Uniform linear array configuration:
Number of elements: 32
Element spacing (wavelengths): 0.5
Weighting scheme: uniform
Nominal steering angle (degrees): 60
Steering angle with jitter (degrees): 60.147
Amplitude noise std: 0.05
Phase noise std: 0.05

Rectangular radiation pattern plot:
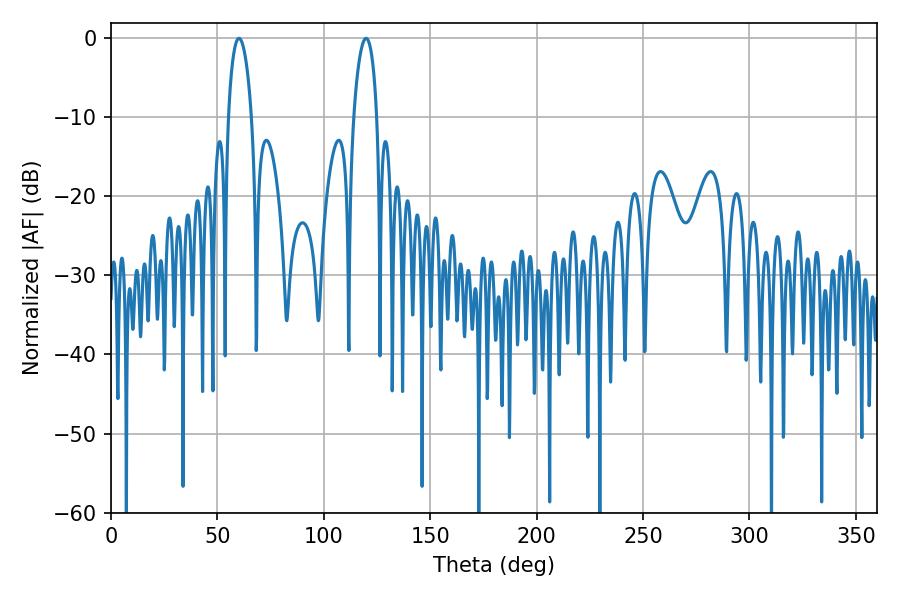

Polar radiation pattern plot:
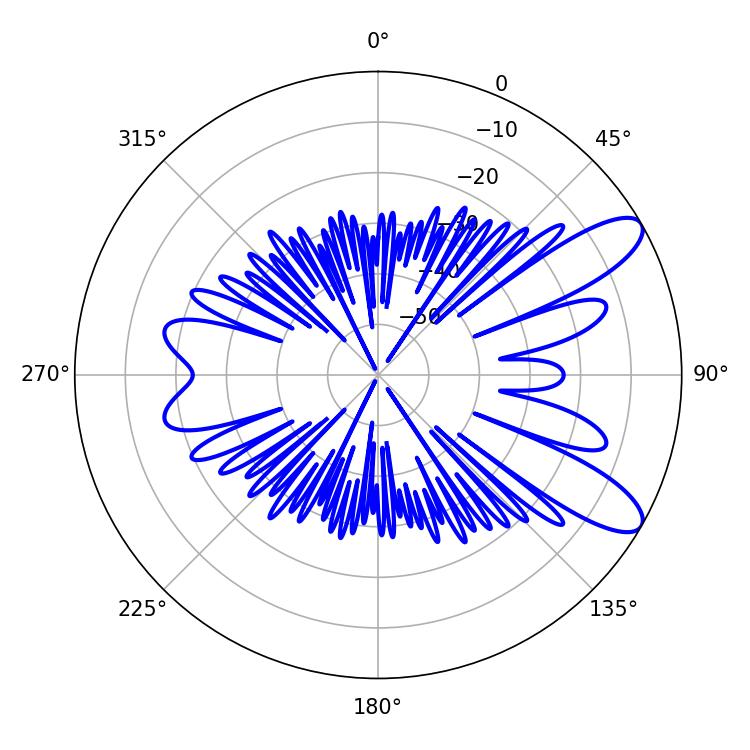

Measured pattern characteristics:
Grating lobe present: FALSE
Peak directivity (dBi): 9.887
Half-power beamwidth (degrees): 6.12
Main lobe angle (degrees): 119.88